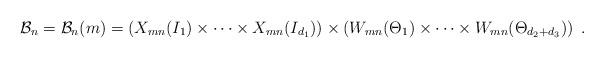
LaTeX: \begin{align*} \mathcal{B}_n=\mathcal{B}_n(m)=\left(X_{mn}(I_1)\times\dots \times X_{mn}(I_{d_1})\right)\times \left(W_{mn}(\Theta_1)\times\dots \times W_{mn}(\Theta_{d_2+d_3})\right)\;.\end{align*}